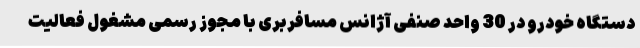
دستگاه خودرو در 30 واحد صنفی آژانس مسافربری با مجوز رسمی مشغول فعالیت